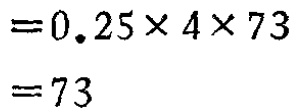
\[

\begin{align*}

&=0.25\times 4\times 73\\

&=73

\end{align*}

\]